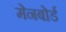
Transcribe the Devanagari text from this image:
मेनबोर्ड